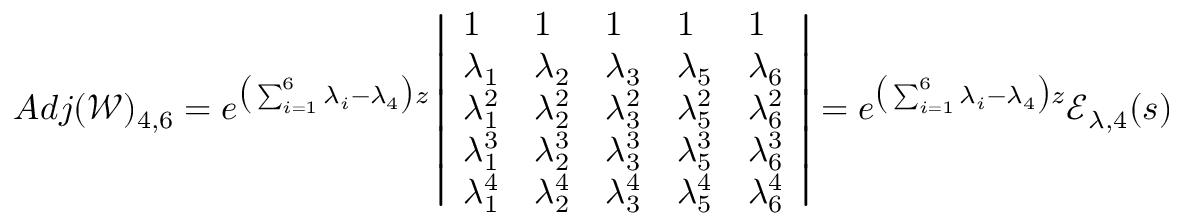
A d j ( \mathscr { W } ) _ { 4 , 6 } = e ^ { \big ( \sum _ { i = 1 } ^ { 6 } \lambda _ { i } - \lambda _ { 4 } \big ) z } \left| \begin{array} { l l l l l } { 1 } & { 1 } & { 1 } & { 1 } & { 1 } \\ { \lambda _ { 1 } } & { \lambda _ { 2 } } & { \lambda _ { 3 } } & { \lambda _ { 5 } } & { \lambda _ { 6 } } \\ { \lambda _ { 1 } ^ { 2 } } & { \lambda _ { 2 } ^ { 2 } } & { \lambda _ { 3 } ^ { 2 } } & { \lambda _ { 5 } ^ { 2 } } & { \lambda _ { 6 } ^ { 2 } } \\ { \lambda _ { 1 } ^ { 3 } } & { \lambda _ { 2 } ^ { 3 } } & { \lambda _ { 3 } ^ { 3 } } & { \lambda _ { 5 } ^ { 3 } } & { \lambda _ { 6 } ^ { 3 } } \\ { \lambda _ { 1 } ^ { 4 } } & { \lambda _ { 2 } ^ { 4 } } & { \lambda _ { 3 } ^ { 4 } } & { \lambda _ { 5 } ^ { 4 } } & { \lambda _ { 6 } ^ { 4 } } \end{array} \right| = e ^ { \big ( \sum _ { i = 1 } ^ { 6 } \lambda _ { i } - \lambda _ { 4 } \big ) z } \mathscr { E } _ { \lambda , 4 } ( s )